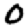
Digit: 0